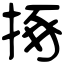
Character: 㧻